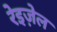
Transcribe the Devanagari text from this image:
रेइज़ेल